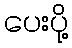
ပေးပို့